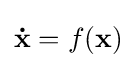
\mathbf {\dot {x}} =f(\mathbf {x} )